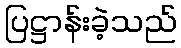
ပြဋ္ဌာန်းခဲ့သည်